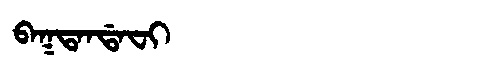
Manchu: ᠪᠠᡴᡨᠠᠨᡩᠠᠸᡳ
Romanization: BAKTANDAFI